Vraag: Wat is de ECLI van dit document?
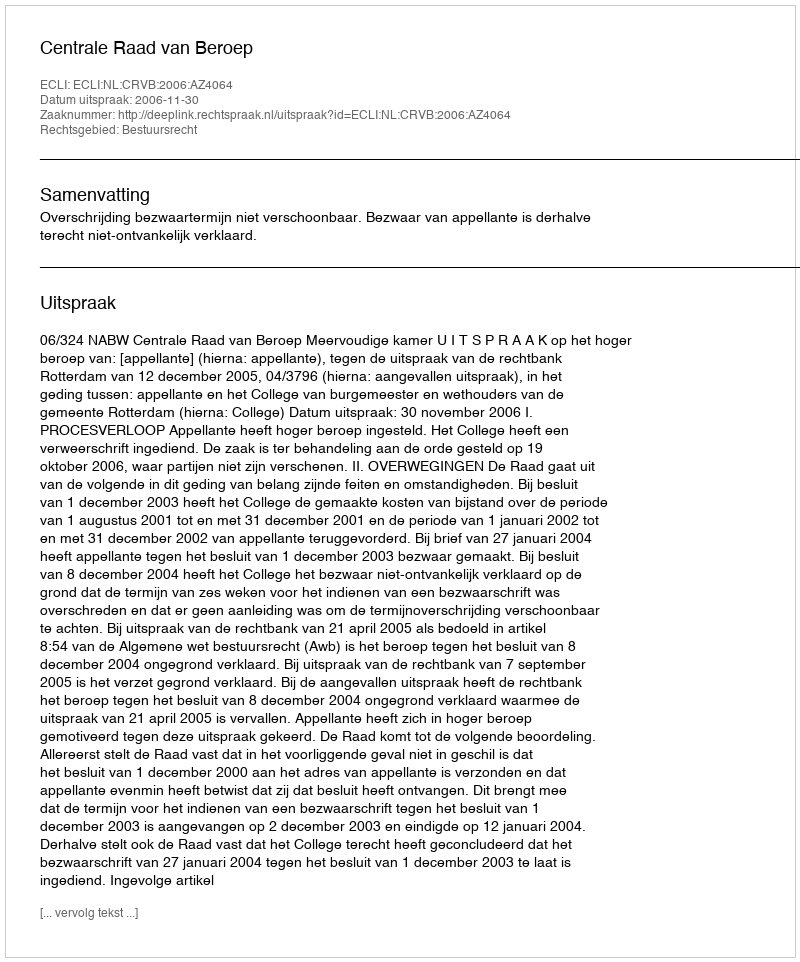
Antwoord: ECLI:NL:CRVB:2006:AZ4064